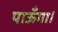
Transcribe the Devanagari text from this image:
पाऊँगा।